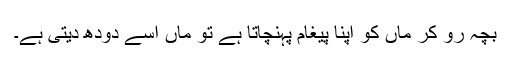
بچہ رو کر ماں کو اپنا پیغام پہنچاتا ہے تو ماں اسے دودھ دیتی ہے۔